Report on the bubonic plague in Bombay, 1896-1897
Year: 1896
Disease focus: Plague
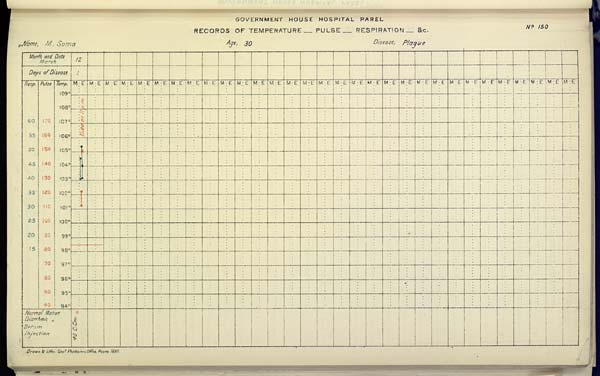
GOVERNMENT HOUSE HOSPITAL PAREL
RECORDS OF TEMPERATURE __ PULSE __ RESPIRATION __ &c. No. 150
Name,
M.
Soma
Age,
30
Disease,
Plague
Drawn & Litho Govt. Photozinco, Office, Poona 1897.